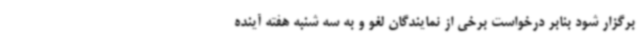
برگزار شود بنابر درخواست برخی از نمایندگان لغو و به سه شنبه هفته آینده